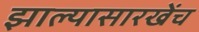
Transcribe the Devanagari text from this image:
झाल्यासारखेंच